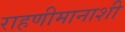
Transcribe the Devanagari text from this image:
राहणीमानाशी